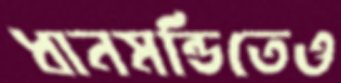
ধানমন্ডিতেও